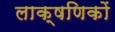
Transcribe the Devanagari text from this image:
लाक्षणिकों